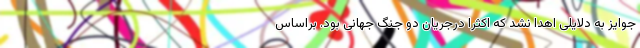
جوایز به دلایلی اهدا نشد که اکثرا درجریان دو جنگ جهانی بود. براساس